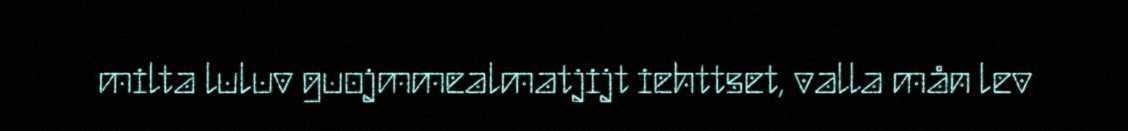
milta luluv guojmmealmatjijt iehttset, valla mån lev